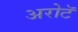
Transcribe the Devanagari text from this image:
अरोटॅ